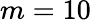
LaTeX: m=10